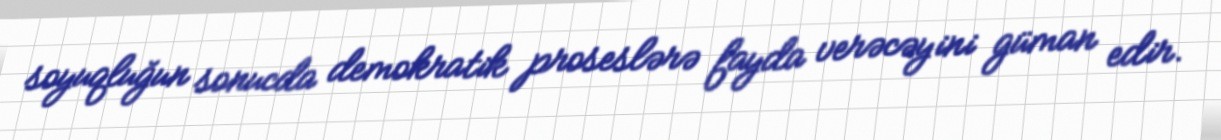
soyuqluğun sonucda demokratik proseslərə fayda verəcəyini güman edir.